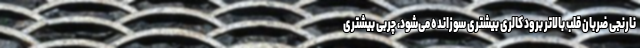
نارنجی ضربان قلب بالاتر برود کالری بیشتری سوزانده می‌شود، چربی بیشتری